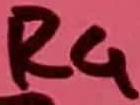
Text: R4